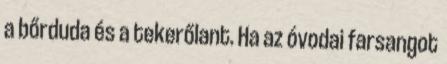
a bőrduda és a tekerőlant. Ha az óvodai farsangot